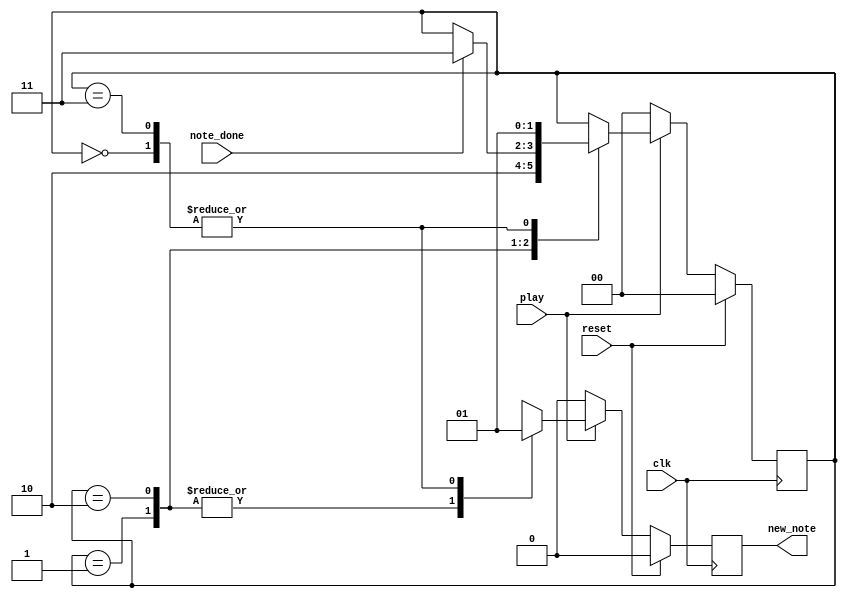
////////////////////////////////////////////////////////////////////////////////
// Company: zju
////////////////////////////////////////////////////////////////////////////////

module song_reader_controler(clk,reset,note_done,play,new_note);
	parameter RESET = 2'b00, NEW_NOTE = 2'b01, WAIT = 2'b10, NEXT_NOTE = 2'b11;		//four states
	input clk, reset, note_done, play;
	output reg new_note = 0;
	reg[1:0] state;
	
	always @(posedge clk) begin
		if(reset) begin
			state <= RESET;
			new_note <= 0;
		end
		else if(play) begin
			case(state)
				RESET: begin
					state <= NEW_NOTE;
					new_note <= 1;
				end
				NEW_NOTE: begin
					state <= WAIT;
					new_note <= 0;
				end
				WAIT: begin
					begin if(note_done)
						state <= NEXT_NOTE;
						new_note <= 0;
					end
				end	
				NEXT_NOTE: begin
					state <= NEW_NOTE;
					new_note <= 1;
				end
				default: begin
					state <= RESET; new_note <=0;
				end	
			endcase
		end
		else begin
			state <= RESET;
			new_note <= 0;
		end
	end
endmodule